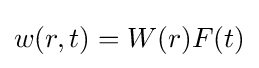
w(r,t)=W(r)F(t)